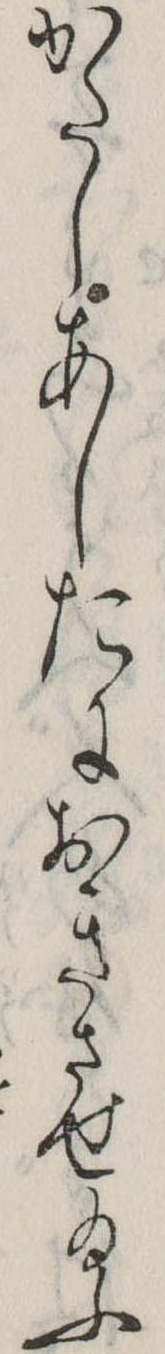
かたしあしたにおきさせ給ふ